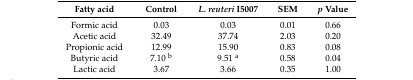
| Fatty acid | Control | L. reuteri I5007 | SEM | p Value |
 | --- | --- | --- | --- | --- |
 | Formic acid | 0.03 | 0.03 | 0.01 | 0.66 |
 | Acetic acid | 32.49 | 37.74 | 2.03 | 0.20 |
 | Propionic acid | 12.99 | 15.90 | 0.83 | 0.08 |
 | Butyric acid | 7.10 b | 9.51 a | 0.58 | 0.04 |
 | Lactic acid | 3.67 | 3.66 | 0.35 | 1.00 |